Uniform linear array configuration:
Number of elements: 16
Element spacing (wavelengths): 0.75
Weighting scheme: exponential
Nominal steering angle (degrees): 45
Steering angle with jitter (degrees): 46.894
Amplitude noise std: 0.05
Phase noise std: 0.05

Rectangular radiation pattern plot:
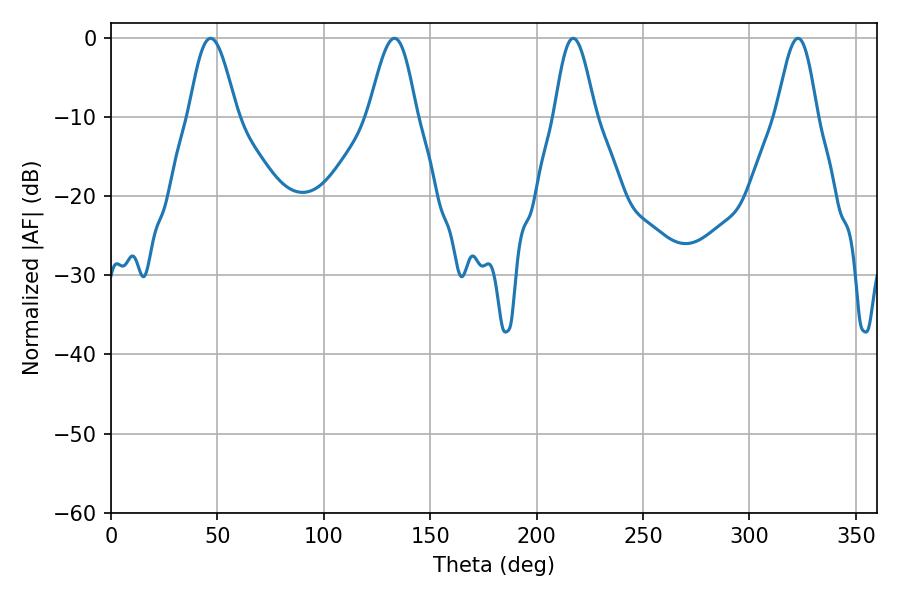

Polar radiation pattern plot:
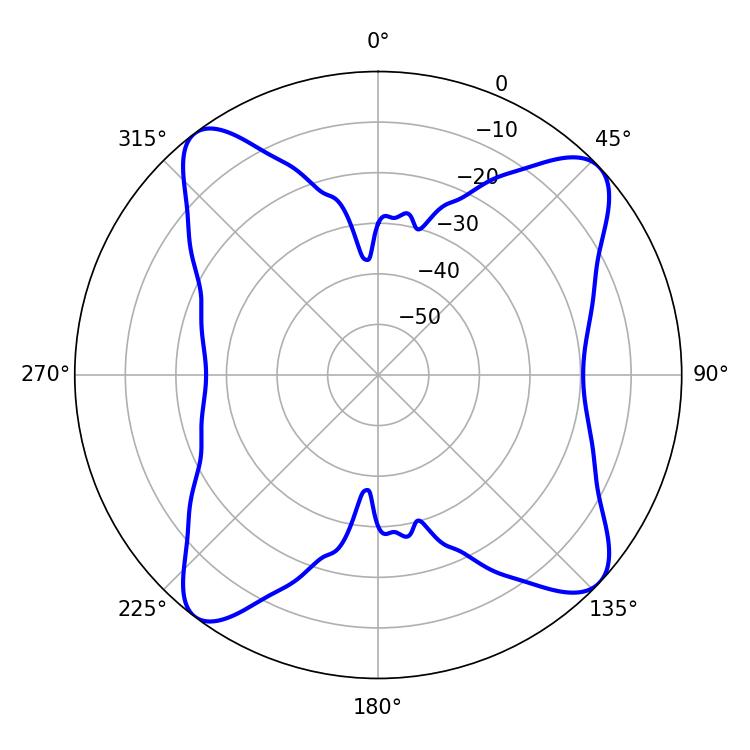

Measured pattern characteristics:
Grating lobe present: TRUE
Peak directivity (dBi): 12.589
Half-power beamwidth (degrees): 12.06
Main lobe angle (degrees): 46.8